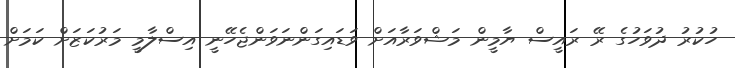
ހުކުރު ދުވަހުގެ ރޭ ރައީސް ޔާމީން މަޝްވަރާއަށް ވަޑައިގަންނަވަންޖެހޭނީ އިސްލާމީ މަރުކަޒަށް ކަމަށް